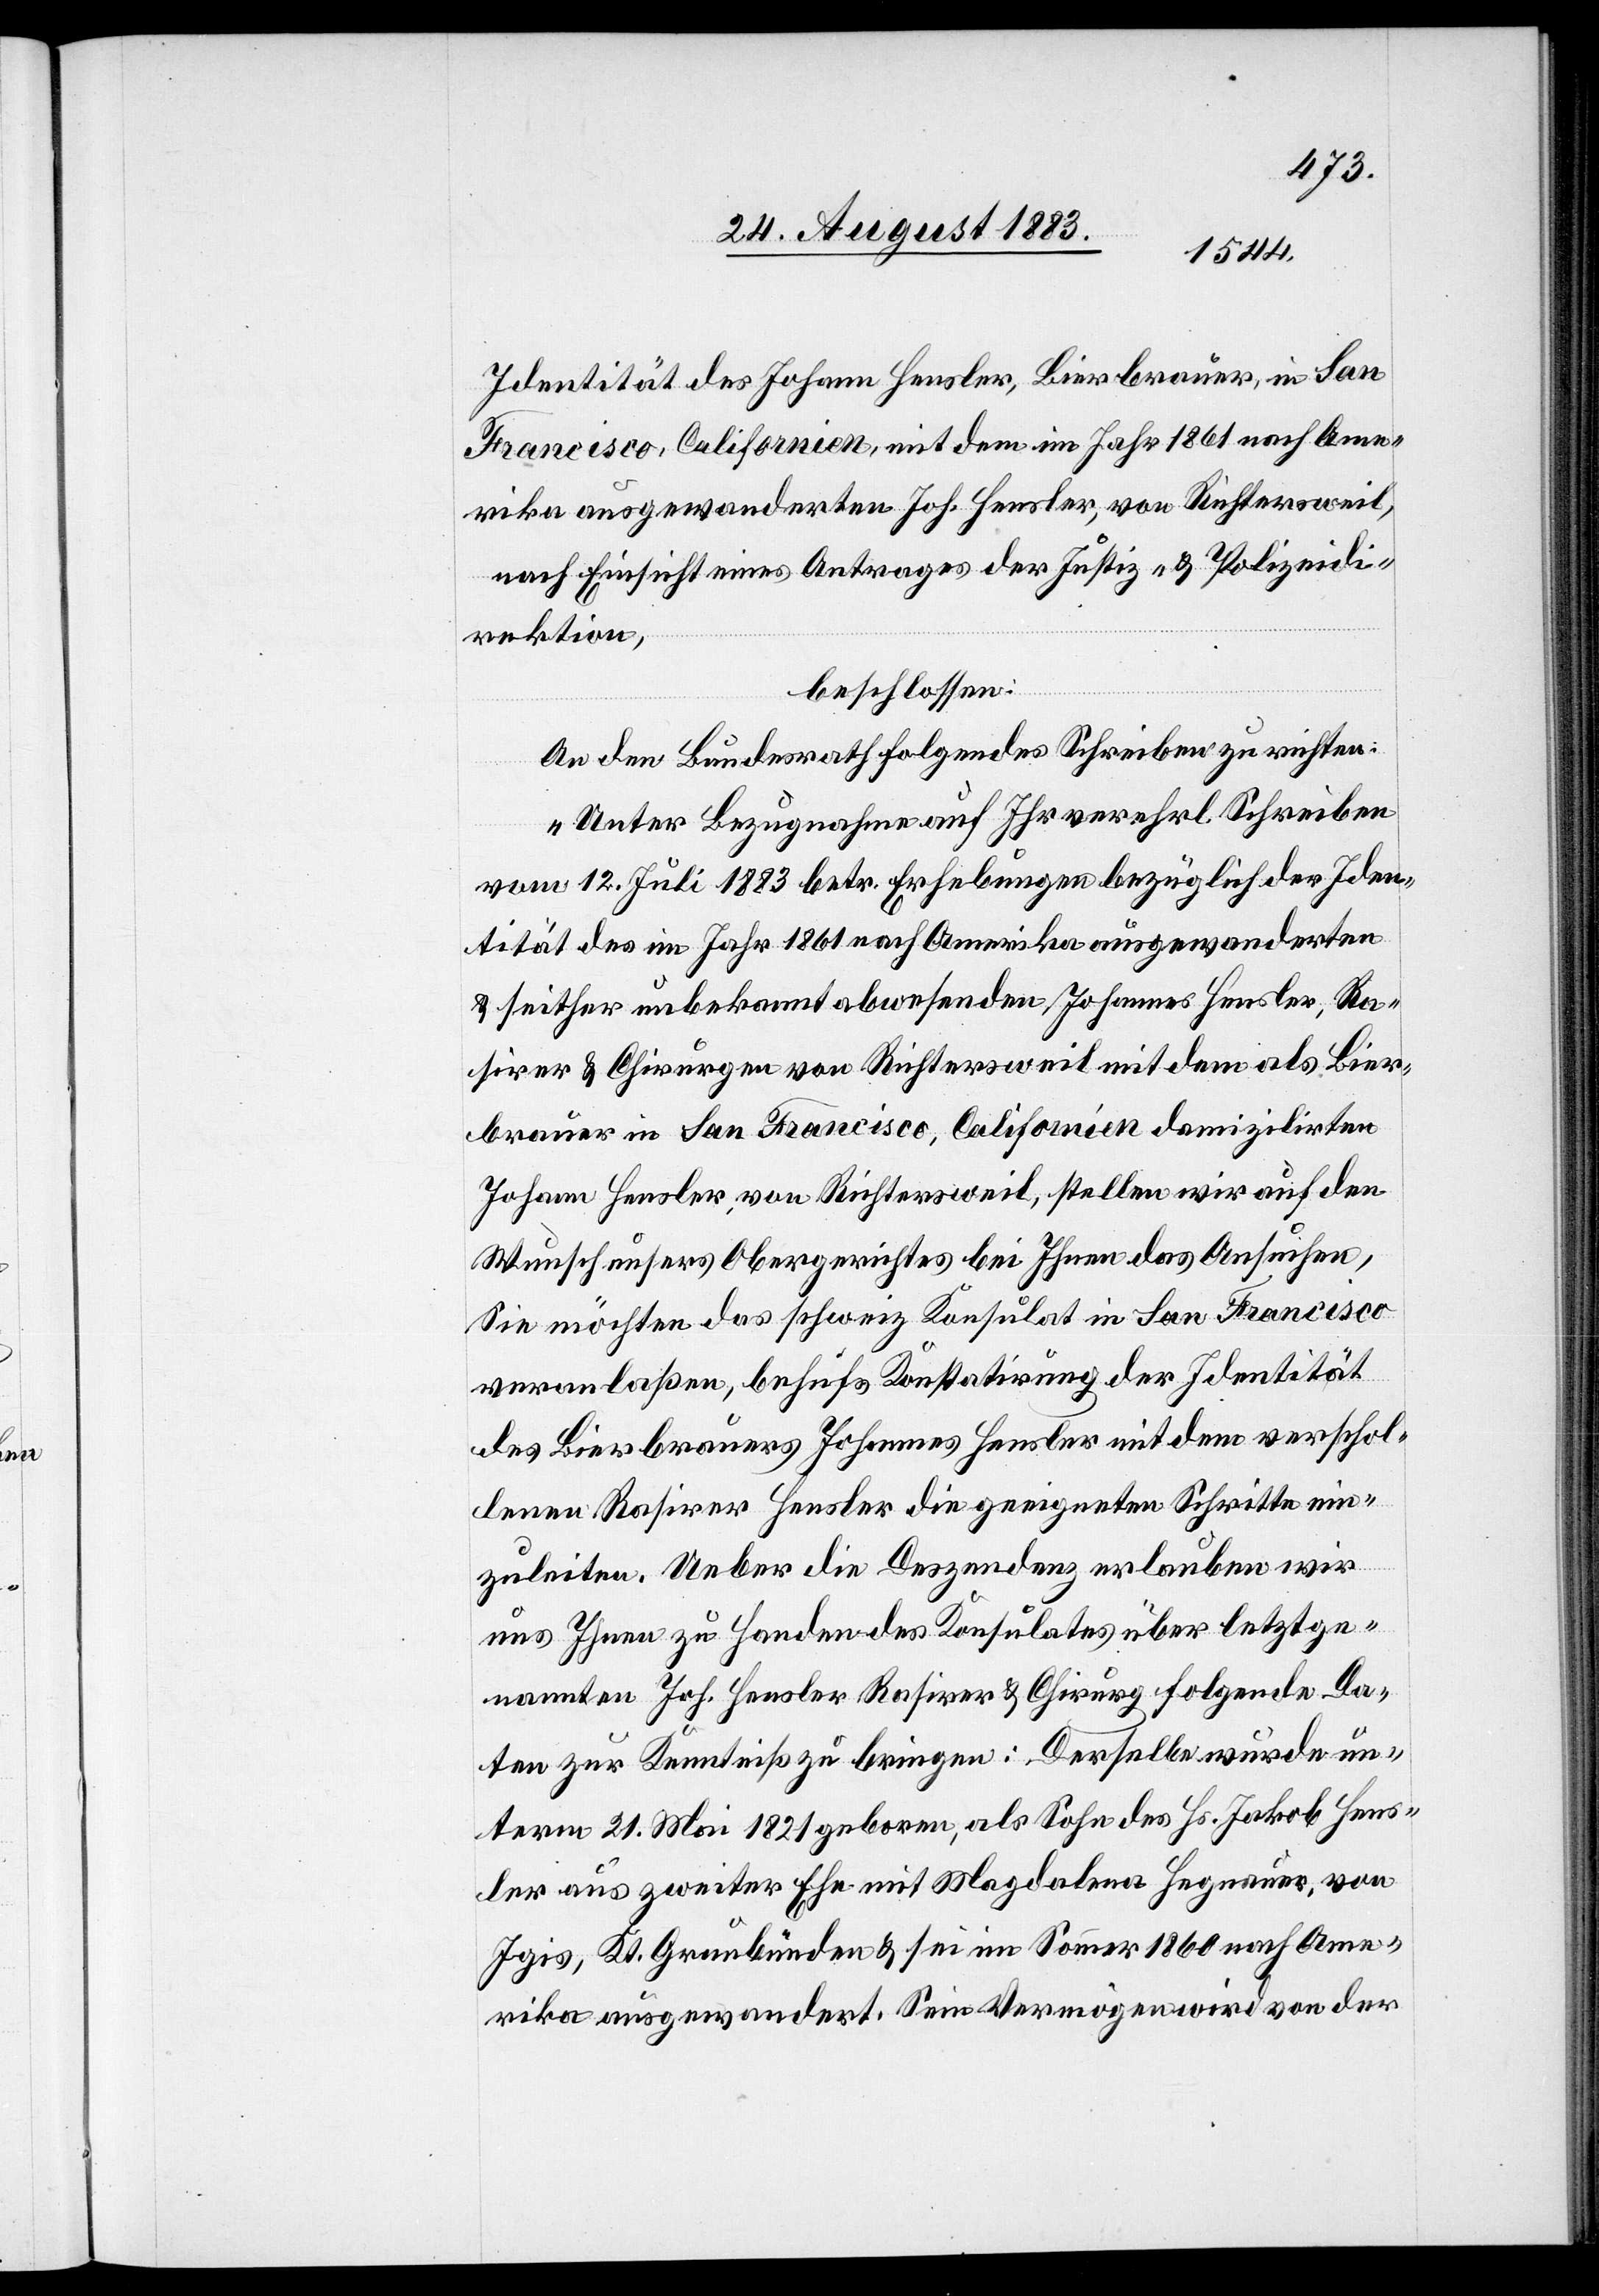
Identität des Johann [sic!] Hensler, Bierbrauer, in San
Francisco, Californien, mit dem im Jahr 1861 nach Ame¬
rika ausgewanderten Joh. Hensler, von Richtersweil,
nach Einsicht eines Antrages der Justiz- & Polizeidi¬
rektion,
beschlossen:
An den Bundesrath folgendes Schreiben zu richten:
„Unter Bezugnahme auf Ihr verehrl. Schreiben
vom 12. Juli 1883 betr. Erhebungen bezüglich der Iden¬
tität des im Jahr 1861 nach Amerika ausgewanderten
& seither unbekannt abwesenden Johannes [sic!] Hensler, Ra¬
sirer & Chirurgen von Richtersweil mit dem als Bier¬
brauer in San Francisco, Californien domilizirten
Johann Hensler, von Richtersweil, stellen wir auf den
Wunsch unseres Obergerichtes bei Ihnen das Ansuchen,
Sie möchten das schweiz. Konsulat in San Francisco
veranlaßen, behufs Konstatirung der Identität
des Bierbrauers Johannes Hensler mit dem verschol¬
lenen Rasirer Hensler die geeigneten Schritte ein¬
zuleiten. Ueber die Deszendenz erlauben wir
uns Ihnen zu Handen des Konsulates über letztge¬
nannten Joh. Hensler Rasirer & Chirurg folgende Da¬
ten zur Kenntniß zu bringen: Derselbe wurde un¬
term 21. Mai 1821 geboren, als Sohn des Hs. Jakob Hens¬
ler aus zweiter Ehe mit Magdalena Hegnauer, von
Igis, Kt. Graubünden & sei im Sommer 1860 nach Ame¬
rika ausgewandert. Sein Vermögen wird von der